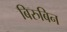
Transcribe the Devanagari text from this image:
बिरुबिन